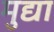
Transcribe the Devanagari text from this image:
मुद्या